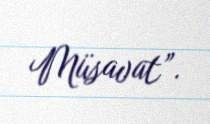
Müsavat”.